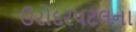
ઉરોદરપટલના